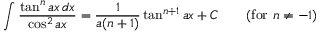
\int { \frac { \tan ^ { n } a x \, d x } { \cos ^ { 2 } a x } } = { \frac { 1 } { a ( n + 1 ) } } \tan ^ { n + 1 } a x + C \qquad { \mathrm { ( f o r ~ } } n \neq - 1 { \mathrm { ) } }